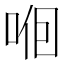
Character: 𱒲